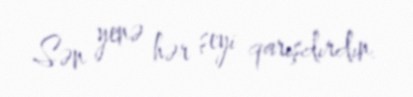
Sən yenə hər şeyi qarışdırdın.